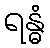
ရန္ဓံ